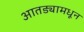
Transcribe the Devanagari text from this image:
आतड्यामधून